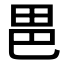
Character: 𭻆